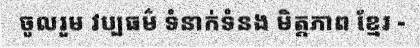
ចូលរួម វប្បធម៌ ទំនាក់ទំនង មិត្តភាព ខ្មែរ -